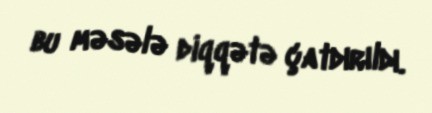
bu məsələ diqqətə çatdırıldı.